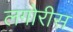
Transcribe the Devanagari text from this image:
लगोरीस